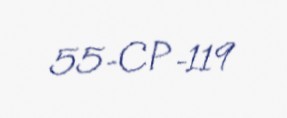
55-CP-119